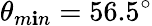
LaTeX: \theta_{m\mathbf{i}n}=56.5^{\circ}